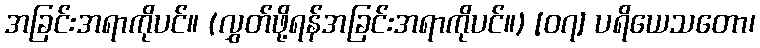
အခြင်းအရာကိုပင်။ (လွှတ်ဖို့ရန်အခြင်းအရာကိုပင်။) [၀၇] ပရိယေသတော၊